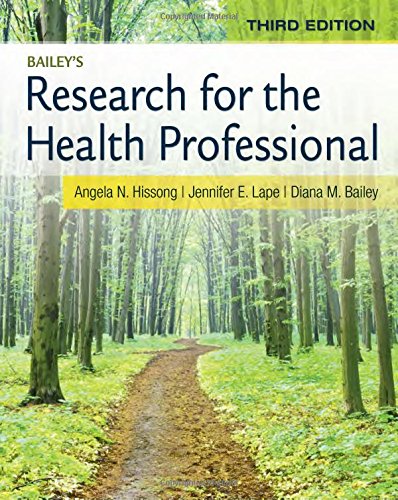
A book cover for Research for the Health Professional; Diana M. Bailey; Medical Books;